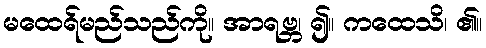
မထေရ်မည်သည်ကို။ အာရဗ္ဘ၊ ၍။ ကထေသိ၊ ၏။